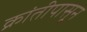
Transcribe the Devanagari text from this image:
क्रांतीपासून